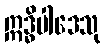
ဣဒ္ဓိပါဒေသု